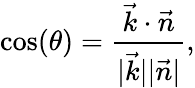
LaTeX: \cos(\theta)=\frac{\vec{k}\cdot\vec{n}}{\vert\vec{k}\vert\vert\vec{n}\vert},